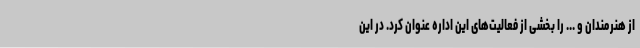
از هنرمندان و ... را بخشی از فعالیت‌های این اداره عنوان کرد. در این